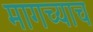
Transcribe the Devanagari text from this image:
मागच्याच